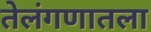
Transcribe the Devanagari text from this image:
तेलंगणातला